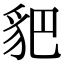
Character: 𧲧